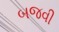
બજવી